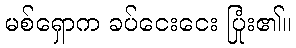
မစ်ရှောက ခပ်ငေးငေး ပြုံး၏။